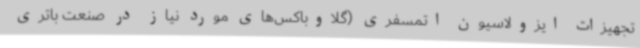
تجهیزات ایزولاسیون اتمسفری (گلاوباکس‌های مورد نیاز در صنعت باتری